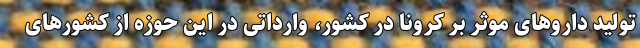
تولید داروهای موثر بر کرونا در کشور، وارداتی در این حوزه از کشورهای